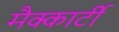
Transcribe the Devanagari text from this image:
मैक्कार्टी